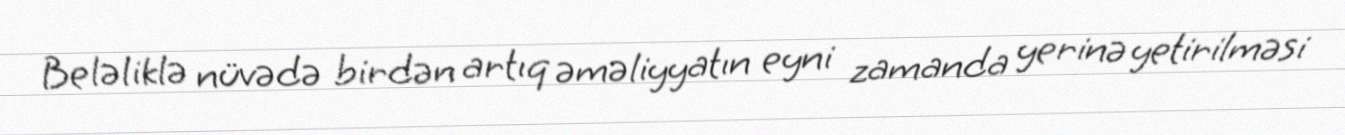
Beləliklə nüvədə birdən artıq əməliyyatın eyni zamanda yerinə yetirilməsi